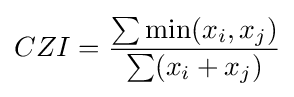
CZI={\frac {\sum \min(x_{i},x_{j})}{\sum (x_{i}+x_{j})}}